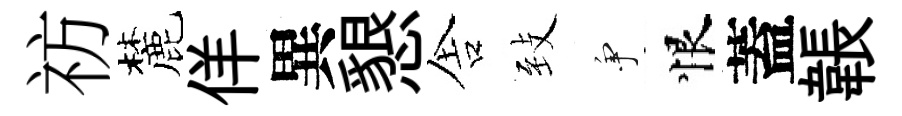
祊麓佯異懇舎𦤺争恨蓋韔